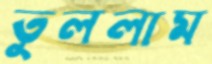
তুললাম